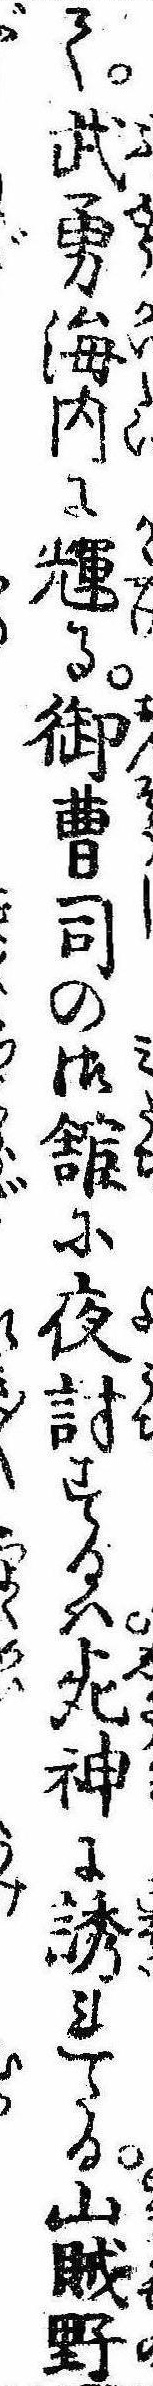
て武勇海内に輝る御曹司の御館に夜討するは死神に誘れたる山賊野